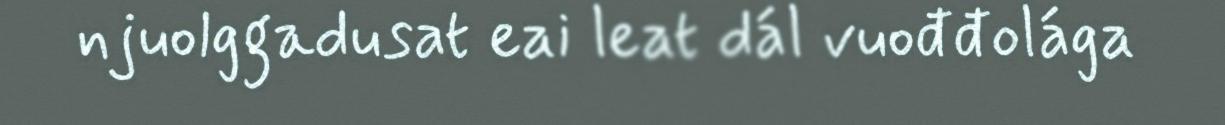
njuolggadusat eai leat dál vuođđolága